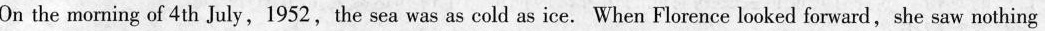
On the morning of 4th July,1952,the sea was as cold as ice. When Florence looked forward,she saw nothing